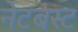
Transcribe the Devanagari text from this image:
नेटबस्ट